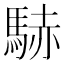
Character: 𲋹